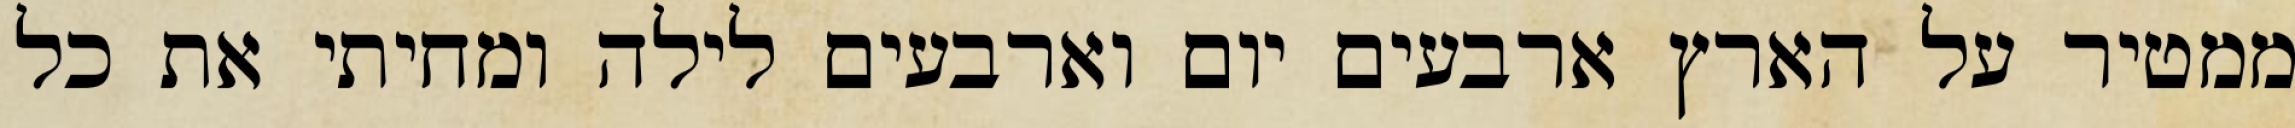
ממטיר על הארץ ארבעים יום וארבעים לילה ומחיתי את כל